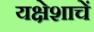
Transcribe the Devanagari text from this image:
यक्षेशाचें